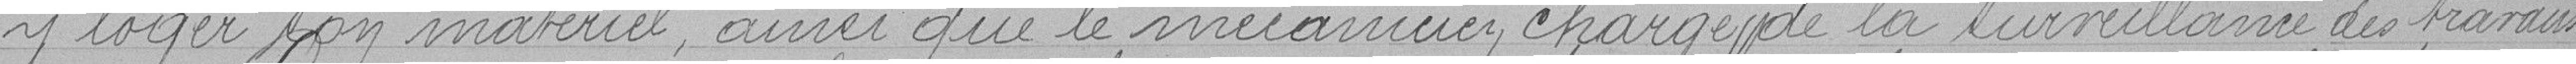
y loger son matériel, ainsi que le mécanicien chargé de la surveillance des travaux.